Report on vaccination in the Province of Bengal - 1869-1873
Year: 1869
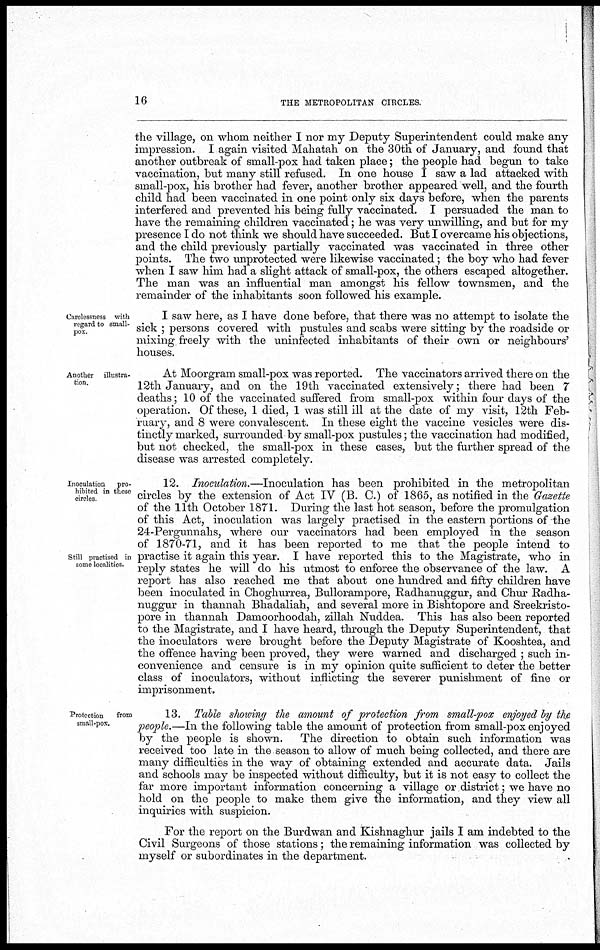
16
THE METROPOLITAN CIRCLES.
the village, on whom neither I nor my Deputy Superintendent could make any
impression. I again visited Mahatah on the 30th of January, and found that
another outbreak of small-pox had taken place; the people had begun to take
vaccination, but many still refused. In one house I saw a lad attacked with
small-pox, his brother had fever, another brother appeared well, and the fourth
child had been vaccinated in one point only six days before, when the parents
interfered and prevented his being fully vaccinated. I persuaded the man to
have the remaining children vaccinated; he was very unwilling, and but for my
presence I do not think we should have succeeded. But I overcame his objections,
and the child previously partially vaccinated was vaccinated in three other
points. The two unprotected were likewise vaccinated; the boy who had fever
when I saw him had a slight attack of small-pox, the others escaped altogether.
The man was an influential man amongst his fellow townsmen, and the
remainder of the inhabitants soon followed his example.
Carelessness with
regard to small-
pox.
I saw here, as I have done before, that there was no attempt to isolate the
sick ; persons covered with pustules and scabs were sitting by the roadside or
mixing freely with the uninfected inhabitants of their own or neighbours'
houses.
Another illustra-
tion.
At Moorgram small-pox was reported. The vaccinators arrived there on the
12th January, and on the 19th vaccinated extensively; there had been 7
deaths; 10 of the vaccinated suffered from small-pox within four days of the
operation. Of these, 1 died, 1 was still ill at the date of my visit, 12th Feb-
ruary, and 8 were convalescent. In these eight the vaccine vesicles were dis-
tinctly marked, surrounded by small-pox pustules; the vaccination had modified,
but not checked, the small-pox in these cases, but the further spread of the
disease was arrested completely.
Inoculation pro-
hibited in these
circles.
Still practised in
some localities.
12. Inoculation.—Inoculation has been prohibited in the metropolitan
circles by the extension of Act IV (B. C.) of 1865, as notified in the Gazette
of the 11th October 1871. During the last hot season, before the promulgation
of this Act, inoculation was largely practised in the eastern portions of the
24-Pergunnahs, where our vaccinators had been employed in the season
of 1870-71, and it has been reported to me that the people intend to
practise it again this year. I have reported this to the Magistrate, who in
reply states he will do his utmost to enforce the observance of the law. A
report has also reached me that about one hundred and fifty children have
been inoculated in Choghurrea, Bullorampore, Radhanuggur, and Chur Radha-
nuggur in thannah Bhadaliah, and several more in Bishtopore and Sreekristo-
pore in thannah Damoorhoodah, zillah Nuddea. This has also been reported
to the Magistrate, and I have heard, through the Deputy Superintendent, that
the inoculators were brought before the Deputy Magistrate of Kooshtea, and
the offence having been proved, they were warned and discharged ; such in-
convenience and censure is in my opinion quite sufficient to deter the better
class of inoculators, without inflicting the severer punishment of fine or
imprisonment.
Protection
from
small-pox.
13. Table showing the amount of protection from small-pox enjoyed by the
people.—In the following table the amount of protection from small-pox enjoyed
by the people is shown. The direction to obtain such information was
received too late in the season to allow of much being collected, and there are
many difficulties in the way of obtaining extended and accurate data. Jails
and schools may be inspected without difficulty, but it is not easy to collect the
far more important information concerning a village or district; we have no
hold on the people to make them give the information, and they view all
inquiries with suspicion.
For the report on the Burdwan and Kishnaghur jails I am indebted to the
Civil Surgeons of those stations; the remaining information was collected by
myself or subordinates in the department.